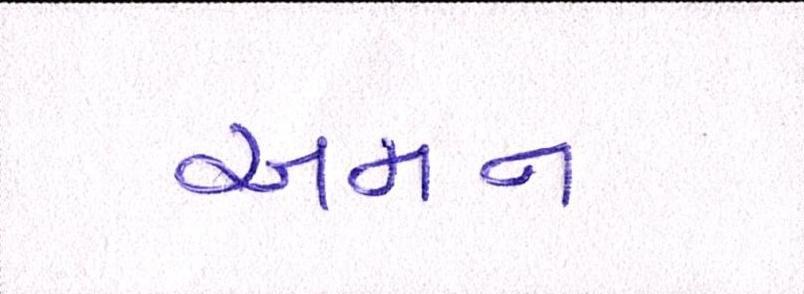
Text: અમન